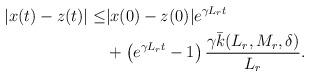
LaTeX: \begin{align*}\begin{aligned}|x(t)-z(t)| \le & |x(0)-z(0)| e^{\gamma L_r t}\\&+\left(e^{\gamma L_r t} -1\right) \dfrac{\gamma \bar k(L_r,M_r, \delta)}{L_r }.\end{aligned}\end{align*}